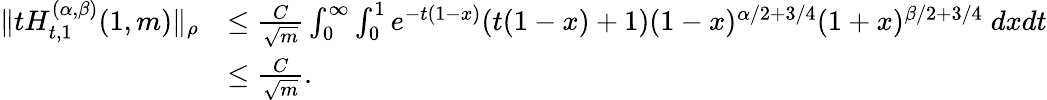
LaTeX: \begin{array}{rl}{\| tH_{t,1}^{(\alpha,\beta)}(1,m)\| _{\rho}}&{\le\frac{C}{\sqrt{m}}\int_{0}^{\infty}\int_{0}^{1}e^{-t(1-x)}(t(1-x)+1)(1-x)^{{\alpha/2+}3/4}(1+x)^{{\beta/2+}3/4}\; dxdt}\\ &{\le\frac{C}{\sqrt{m}}.}\end{array}